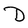
Character: D